Report on the Nagpur School of Medicine, Central Provinces
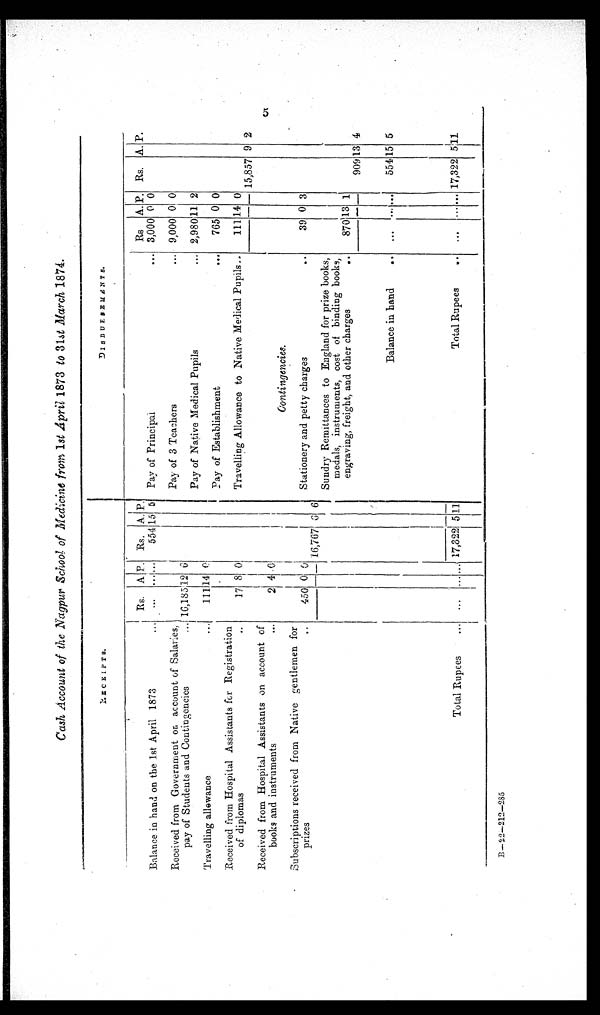
Cash Account of the Nagpur School of Medicine from 1 st April 1873 to 31st March 1 8 7 4 .
R E C E I P T S .
D I S B U R S E M E N T S .
Rs.
A. P. Rs.
A. P.
Rs
A. P. Rs. A. P.
Balance in hand on the 1st April 1873
...
. . .
. . . . . .
554
1 5 5
Pay of Principal
...
3,000
0
0
Received from Government on account of Salaries,
pay of Students and Contingencies
... 16,185
1 2 6
Pay of 3 Teachers
...
9,000 0 0
Travelling allowance
...
111 14 0
Pay of Native Medical Pupils
...
2,980 1 1
2
Pay of Establishment
...
765 0 0
Received from Hospital Assistants for Registration
of diplomas
...
17 8 0
Travelling Allowance to Native Medical Pupils..
111 14 0
Received from Hospital Assistants on account of
books and instruments
...
2
4
0
15,857 9 2
Subscriptions received from Native gentlemen for
prizes
..
4 5 0 0 0
C o n t i n g e n c i e s .
Stationery and petty charges
..
39 0 3
16,767
6 6
Sundry Remittances to England for prize books,
medals, instruments, cost of binding books,
engraving, freight, and other charges
..
870 13 1
909 13 4
Balance in hand
..
. . .
. . . .
554 15 5
Total Rupees
...
17,322
5 11
Total Rupees
. . .
. . . . . . 17,322
5
1 1
B–22–212–285
5